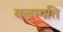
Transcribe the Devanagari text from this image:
यलम्पति